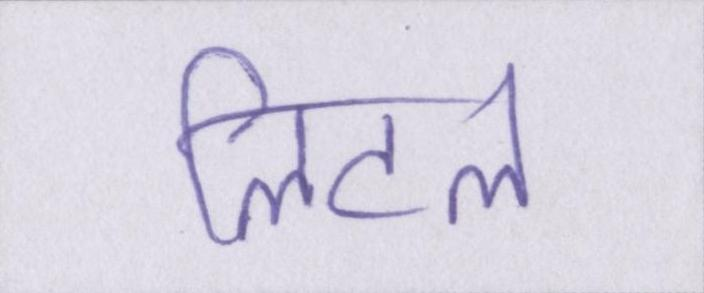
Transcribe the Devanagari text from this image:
लिटल